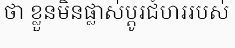
ថា ខ្លួនមិនផ្លាស់ប្តូរជំហររបស់